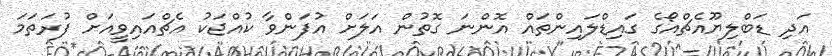
އަދި ޑަބްލިޔޫއެޗްއޯގެ ގައިޑްލައިންތައް އޮންނަ ގޮތުން އަލަށް އުފަންވާ ކުއްޖަކު އެޗްއައިވީއަށް ފުރަތަމަ